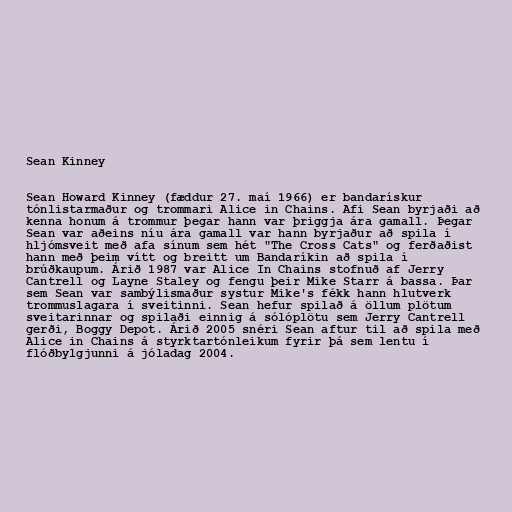
Sean Kinney

Sean Howard Kinney (fæddur 27. maí 1966) er bandarískur
tónlistarmaður og trommari Alice in Chains. Afi Sean byrjaði að
kenna honum á trommur þegar hann var þriggja ára gamall. Þegar
Sean var aðeins níu ára gamall var hann byrjaður að spila í
hljómsveit með afa sínum sem hét "The Cross Cats" og ferðaðist
hann með þeim vítt og breitt um Bandaríkin að spila í
brúðkaupum. Árið 1987 var Alice In Chains stofnuð af Jerry
Cantrell og Layne Staley og fengu þeir Mike Starr á bassa. Þar
sem Sean var sambýlismaður systur Mike's fékk hann hlutverk
trommuslagara í sveitinni. Sean hefur spilað á öllum plötum
sveitarinnar og spilaði einnig á sólóplötu sem Jerry Cantrell
gerði, Boggy Depot. Árið 2005 snéri Sean aftur til að spila með
Alice in Chains á styrktartónleikum fyrir þá sem lentu í
flóðbylgjunni á jóladag 2004.